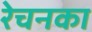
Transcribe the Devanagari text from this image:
रेचनका